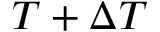
T + \Delta T